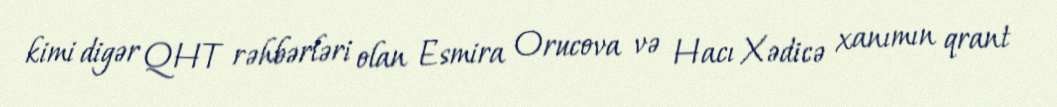
kimi digər QHT rəhbərləri olan Esmira Orucova və Hacı Xədicə xanımın qrant